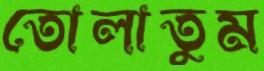
তোলাতুম